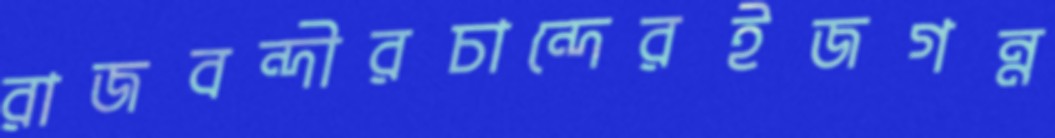
রাজবন্দীরচান্দেরইজগন্ন